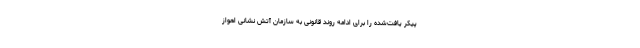
پیکر یافت‌شده را برای ادامه روند قانونی به سازمان آتش نشانی اهواز